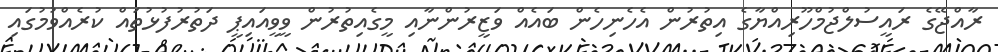
ރާއްޖޭގެ ރައީސުލްޖުމްހޫރިއްޔާގެ އިތުރުން އެހެނިހެން ބައެއް ވަޒީރުންނާއި މީގެއިތުރުން ވީވީއައިޕީ ދަތުރުފުޅުތައް ކުރެއްވުމުގައި